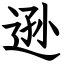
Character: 逊